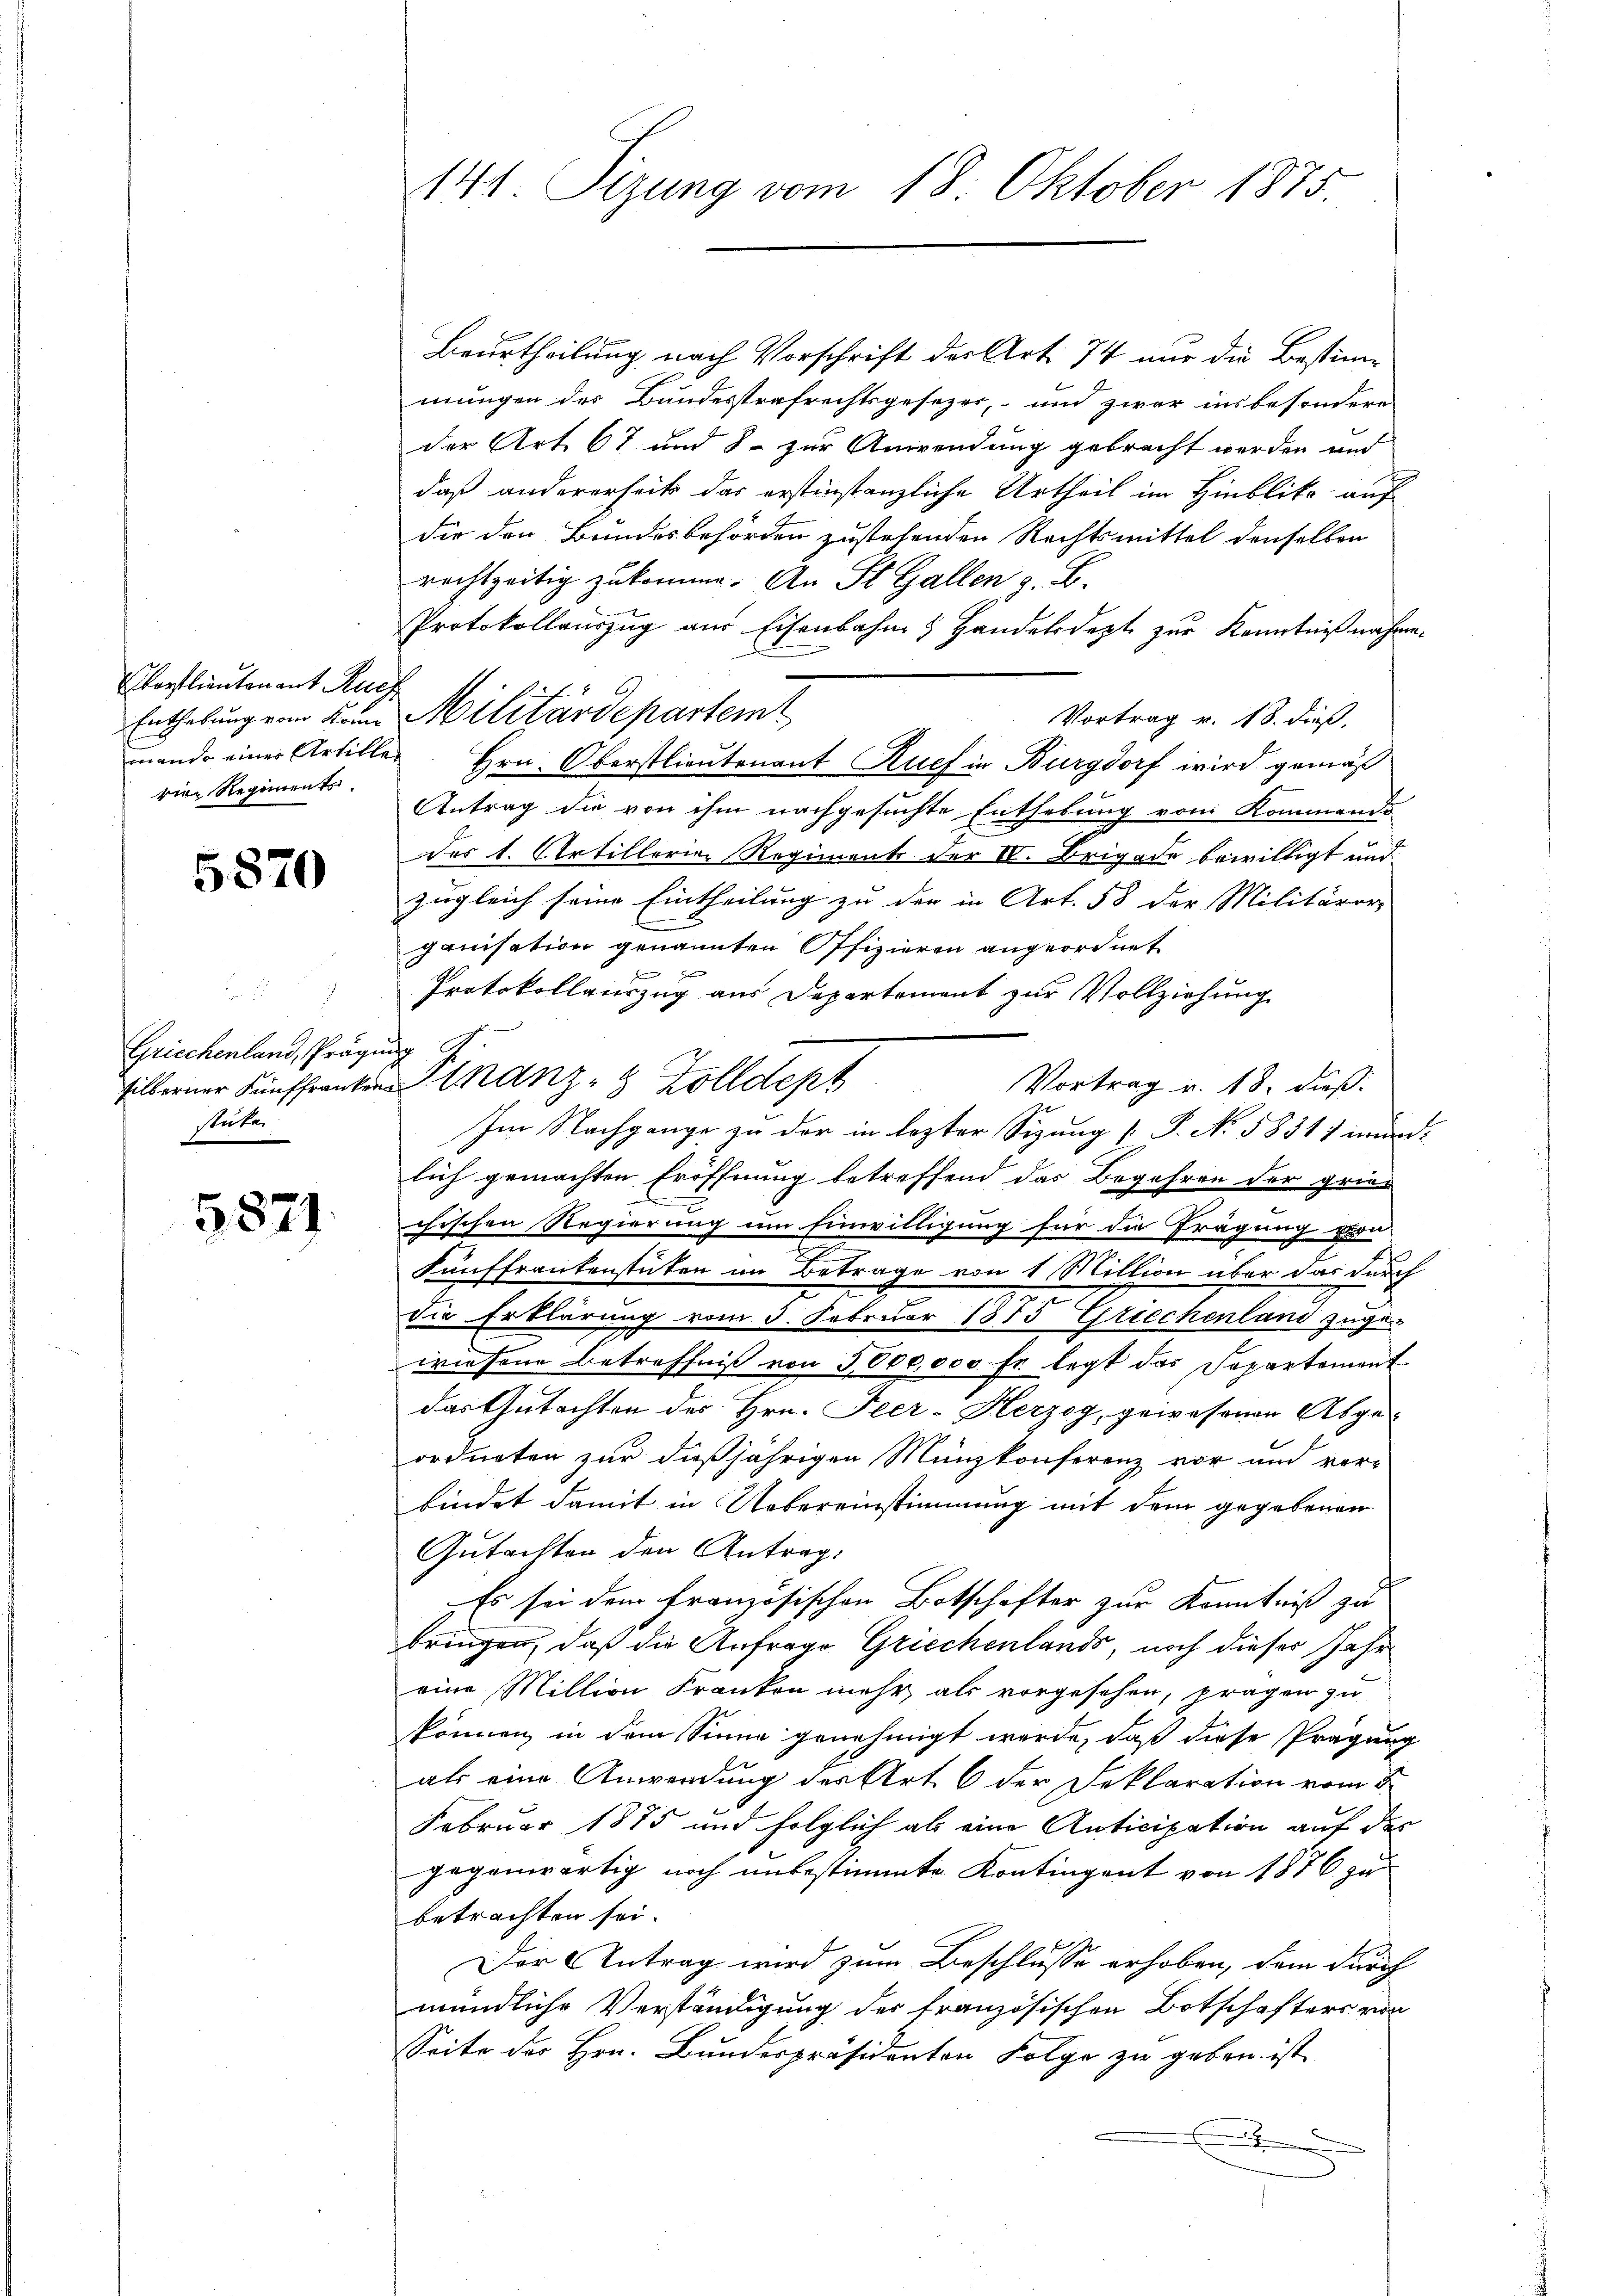
orflieutenant Sucz
rien Regiment

5870

d
Griechenland, Prägung G
tuten

5871.

Beurtheilung nach Vorschrift der Art. 74 nur die Bestimmungen des Bundesstrafrechtsgesezer, und zwar ins besondere
der Art 67 und S. zur Anwendung gebracht werden und
daß andererseits das erstinstanzliche Urtheil im Hinblika auf
die den Bundesbehörden zustehenden Rechtsmittel denselben
rechtzeitig zukomme. An St. Gallen z. B.
Protokollauszug aus Eisenbahn, Handelsdept zur Kenntnißnahme.
Vortrag v. 18. dieß,
mando einer Artiller Hrn. Oberstlieutenant Ruef in Burgdorf wird gemäß
Antrag die von ihm nachgesuchte Enthebung vom Kommend
des l. Artillerien Regiments der IV. Brigade bewilligt und
zugleich seine Eintheilung zu der in Art. 58 der Militärer-
ganisation genannten Offizieren angeordnet
Protokollauszug aus Departement zur Vollziehung
Vortrag v. 18. dieß:
Im Nachgange zu der in lezter Sizung [P. Nr. 5831/ mündlich gemachten Eröffnung betreffend das Begehren der grie-
chischen Regierung um Einwilligung für die Frägung von
Fünffrankenstücken im Betrage von 1 Million über das durch
die Erklärung vom 3. Februar 1875 Griechenland zuge-
wiesene Betreffniß von 5000,000 fr. legt das Separtement
das Gutachten des Hrn. Peer-Herzog, gewesenen Abgeordneten zur daßjährigen Münzkonferenz vor und ver-
bindet damit in Uebereinstimmung mit dem gegebenen
Gutachten den Antrag.
.
Es sei dem französischen Botschafter zur Kenntniß zu
bringen, daß die Anfrage Griechenlands, noch dieser Jahr
eine Million Kranken mehr als vorgesehen, fragen zu
können in dem Sinne genehmigt werde, daß diese Prägung
als eine Anwendung der Art. 6 der Deklaration vom 8.
Februar 1875 und folglich als eine Anticipation auf der
gegenwärtig noch unbestimmte Kontingent von 1876 zu
betrachten sei.
Der Antrag wird zum Beschlusse erhoben, dem durch
mündliche Verständigung des französischen Botschafters von
Seite der Hrn. Bundespräsidenten Folge zu geben ist
.

144 Sizung vom 18. Oktober 1875.

Enthebung vom Brun Militärdepartem

silberner Fünffranken tranz - 8 Zolldept